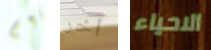
نعم آخر الاحياء